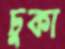
চুকা